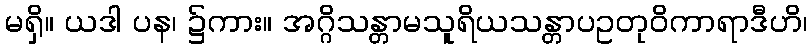
မရှိ။ ယဒါ ပန၊ ၌ကား။ အဂ္ဂိသန္တာမသူရိယသန္တာပဥတုဝိကာရာဒီဟိ၊